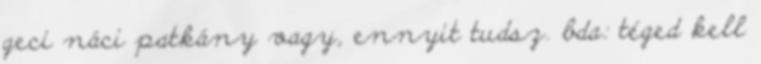
geci náci patkány vagy, ennyit tudsz. bda: téged kell